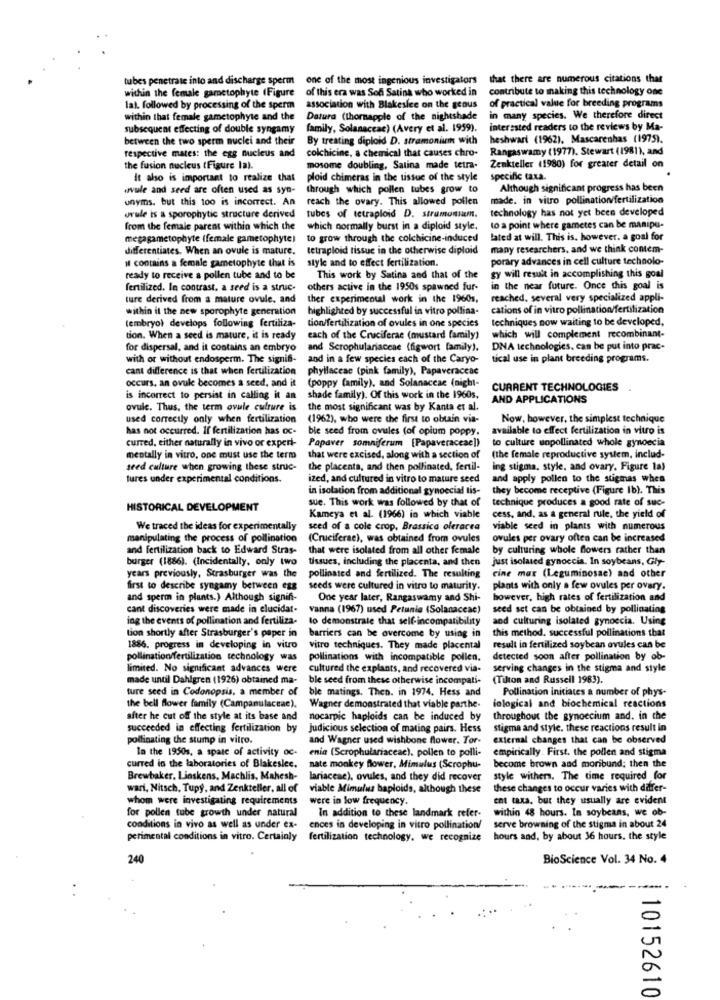
tubes penetrate into and discharge sperm
one of the most ingenious investigators
that there are numerous citations thar
within the female gametophyte (Figure
of this era was Son Satina who worked in
contribute to making this technology one
lal. followed by processing of the sperm association with Blakeslee on the geous
of practical value for breeding programs
within that female gametophyte and the
Datura (thornapple of the nightshade
in many species. We therefore direct
subsequent effecting of double syngamy
family, Solanaceae) (Avery et al. 1959).
interested readers to the reviews by Ma-
between the two sperm nuclei and their
By treating diploid D. stramonium with
heshwari (1962). Mascarenhas (1975).
colchicine, a chemical that causes chro-
Rangaswamy (1977). Stewart (1981), and
respective mates: the egg nucleus and
the fusion nucleus (Figure la).
mosome doubling, Salina made tetra-
Zenkteller (1980) for greater detail on
It also is important to realize that
ploid chimeras in the tissue of the style
specific taxa.
.vule and seed are often used as syn- through which pollen tubes grow to
Although significant progress has been
unyms. but this 100 is incorrect. An
reach the ovary. This allowed pollen
made. in vitro pollination/fertilization
orule is a sporophytic structure derived
technology has not yet been developed
tubes of tetraploid D. stramonium.
from the female parent within which the
which normally burst in a diploid style.
to a point where gametes can be manipu-
megagametophyte (female gametophyte)
to grow through the colchicine-induced
lated at will. This is, however. a goal for
differentiates. When an ovule is mature.
tetraploid tissue in the otherwise diploid
many researchers, and we think contem-
il contains a female gametophyte that is
style and to effect fertilization.
porary advances in cell culture technolo-
ready to receive a pollen tube and to be
This work by Satina and that of the
gy will result in accomplishing this goal
fertilized. In contrast, a seed is a struc-
others active in the 1950s spawned fur-
in the near future. Once this goal is
ture derived from a mature ovule, and
ther experimental work in the 1960s,
reached. several very specialized appli-
within it the new sporophyte generation
highlighted by successful in vitro pollina-
cations of in vitro pollination/fertilization
techniques now waiting to be developed.
(embryo) develops following fertiliza-
tion/fertilization of ovules in one species
tion. When a seed is mature, it is ready
each of the Cruciferae (mustard family)
which will complement recombinant-
for dispersal, and it contains an embryo
and Scrophulariaceae (figwort family).
DNA technologies, can be put into prac-
with or without endosperm. The signifi-
and in a few species each of the Caryo-
tical use in plant breeding programs.
cant difference is that when fertilization
phyllaceae (pink family), Papaveraceae
occurs, an ovule becomes a seed, and it
(poppy family), and Solanaceae (night-
CURRENT TECHNOLOGIES
is incorrect to persist in calling it an
shade family). Of this work in the 1960s.
AND APPLICATIONS
ovule. Thus, the term ovule culture is
the most significant was by Kanta et al.
used correctly only when fertilization
(1962), who were the first to obtain via-
Now, however, the simplest technique
has not occurred. If fertilization has oc-
ble seed from ovules (of opium poppy.
available to effect fertilization in vitro is
curred, either naturally in vivo or expert-
Papaver somniferum [Papaveraceae])
to culture unpollinated whole gynoecia
mentally in vitro, one must use the term
that were excised, along with a section of
(the female reproductive system, includ-
seed culture when growing these struc-
the placenta, and then pollinated, fertil-
ing stigma, style, and ovary, Figure la)
fures under experimental conditions.
ized, and cultured in vitro to mature seed
and apply pollen to the stigmas when
in isolation from additional gynoecial tis-
they become receptive (Figure Ib). This
sue. This work was followed by that of
technique produces a good rate of suc-
HISTORICAL DEVELOPMENT
Kameya et al. (1966) in which viable
cess, and, as a general rule, the yield of
We traced the ideas for experimentally
seed of a cole crop, Brassica oleracea
viable seed in plants with numerous
manipulating the process of pollination
(Cruciferae), was obtained from ovules
ovules per ovary often can be increased
and fertilization back to Edward Stras-
that were isolated from all other female
by culturing whole flowers rather than
burger (1886). (Incidentally, only two
tissues, including the placenta, and then
just isolated gynoccia. In soybeans, Gly-
years previously, Strasburger was the
pollinated and fertilized. The resulting
cine max (Leguminosae) and other
first to describe syngamy between egg
seeds were cultured in vitro to maturity.
plants with only a few ovules per ovary.
and sperm in plants.) Although signifi-
One year later, Rangaswamy and Shi-
however, high rates of fertilization and
cant discoveries were made in elucidat-
vanna (1967) used Petunia (Solanaceae)
seed set can be obtained by pollinating
ing the events of pollination and fertiliza-
to demonstrate that self-incompatibility
and culturing isolated gynoccia. Using
this method, successful pollinations that
tion shortly after Strasburger's paper in
barriers can be overcome by using in
1886. progress in developing in vitro
vitro techniques. They made placental
result in fertilized soybean ovules can be
pollination/fertilization technology was
pollinations with incompatible pollen.
detected soon after pollination by ob-
limited. No significant advances were
cultured the explants, and recovered via-
serving changes in the stigma and style
made until Dahlgren (1926) obtained ma-
ble seed from these otherwise incompati-
(Tilton and Russell 1983).
ture seed in Codonopsis, a member of
ble matings. Then. in 1974. Hess and
Pollination initiates a number of phys-
the bell flower family (Campanulaceae).
Wagner demonstrated that viable parthe-
iological and biochemical reactions
after he cut off the style at its base and
nocarpic haploids can be induced by
throughout the gynoecium and. in the
succeeded in effecting fertilization by
Judicious selection of mating pairs. Hess
stigma and style. these reactions result in
pollinating the stump in vitro.
and Wagner used wishbone flower. Tor-
external changes that can be observed
In the 1950s, a spare of activity oc-
enia (Scrophulariaceae). pollen to polli-
empirically. First. the pollen and stigma
curred in the laboratories of Blakeslee.
nate monkey flower, Mimulus (Scrophu-
become brown and moribund; then the
Brewbaker. Lioskens, Machlis, Mahesh-
lariaceae), ovules, and they did recover
style withers. The time required for
wari, Nitsch, Tupy, and Zenkteller, all of
viable Mimulus haploids, although these
these changes to occur varies with differ-
whom were investigating requirements
were in low frequency.
ent taxa, but they usually are evident
for pollen tube growth under natural
In addition to these landmark refer-
within 48 hours. In soybeans, we ob-
serve browning of the stigma in about 24
conditions in vivo as well as under ex-
ences in developing in vitro pollination/
perimental conditions in vitro. Certainly
fertilization technology, we recognize
hours and, by about 36 hours. the style
240
BioScience Vol. 34 No. 4
10152610